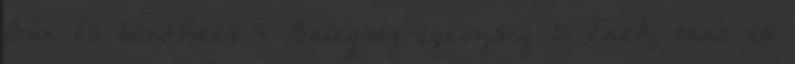
Bűn és bűnhődés 4. Betegség-egészség 5. Ének, tánc és